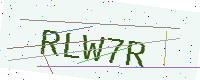
Text: RLW7R